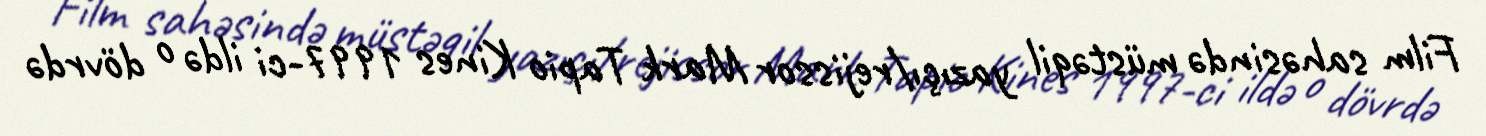
Film sahəsində müstəqil yazıçı/rejissor Mark Tapio Kines 1997-ci ildə o dövrdə